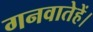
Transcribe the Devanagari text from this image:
गनवातेहें।